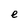
Character: e